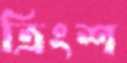
ত্রিংশ